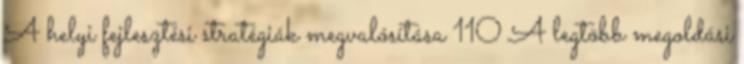
A helyi fejlesztési stratégiák megvalósítása 110 A legtöbb megoldási